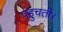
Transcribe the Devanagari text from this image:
पंहुचती।